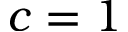
c = 1